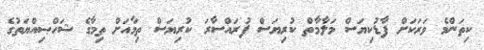
ކިތަންމެ ވަރަކަށް ފާޑުކިޔަސް މަލާމާތް ކުރިޔަސް ފުރައްސާރަ ކުރިޔަސް ތިމާއަށް ތިމާގެ ޝަހްޞިއްޔަތުގެ